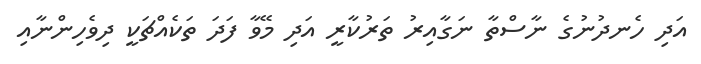
އަދި ހެނދުނުގެ ނާސްތާ ނަގާއިރު ތަރުކާރީ އަދި މޭވާ ފަދަ ތަކެއްޗަކީ ދިވެހިންނާއި